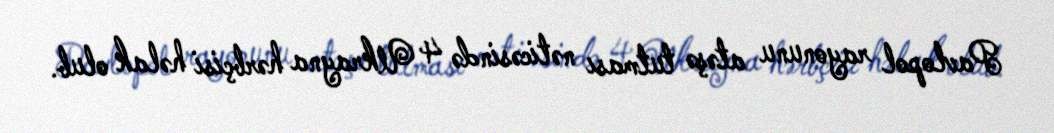
Pavlopol rayonunu atəşə tutması nəticəsində 4 Ukrayna hərbçisi həlak olub.